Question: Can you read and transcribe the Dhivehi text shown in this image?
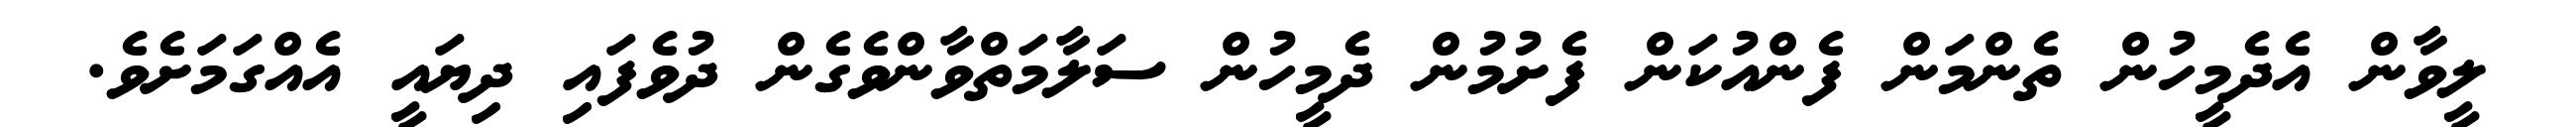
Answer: ލީވާން އެދެމީހުން ތެންމަން ފެންއުކަން ފެށުމުން ދެމީހުން ސަލާމަތްވާންވެގެން ދުވެފައި ދިޔައީ އެއްގަމަށެވެ.